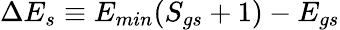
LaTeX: \Delta E_{s}\equiv E_{min}(S_{gs}+1)-E_{gs}